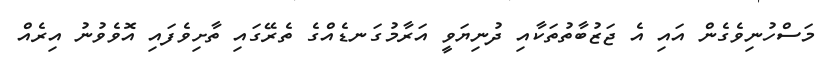
މަސްހުނިވެގެން އައި އެ ޖަޒުބާތުތަކާއި ދުނިޔަވީ އަރާމުގަނޑެއްގެ ތެރޭގައި ތާށިވެފައި އޮވެވުނު އިރެއް